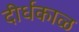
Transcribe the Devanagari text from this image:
दीर्धकाळ